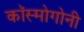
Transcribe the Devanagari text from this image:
कॉस्मोगोनी